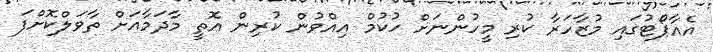
އެއާޕޯޓުގައި މުޒާހަރާ ކުރި މީހުންނަށް ހުކުމް އިއްވުން ކުރިން އޮތީ މާދަމާއަށް ތާވަލްކޮށްފަ